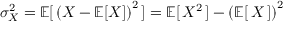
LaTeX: \sigma _ { X } ^ { 2 } = \operatorname { \mathbb { E } } [ \, \left( X - \operatorname { \mathbb { E } } [ X ] \right) ^ { 2 } \, ] = \operatorname { \mathbb { E } } [ \, X ^ { 2 } \, ] - \left( \operatorname { \mathbb { E } } [ \, X \, ] \right) ^ { 2 }